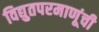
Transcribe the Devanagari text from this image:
विद्युतपरमाणूंची